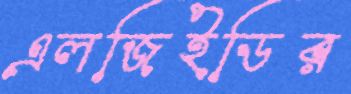
এলজিইডির